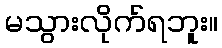
မသွားလိုက်ရဘူး။